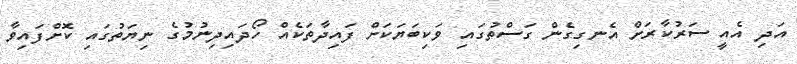
އަދި އެއީ ސަރުކާރަށް އެނގިގެން ގަސްތުގައި ވަކިބަޔަކަށް ފައިދާތަކެއް ހޯދައިދިނުމުގެ ނިޔަތުގައި ކޮށްފައިވާ